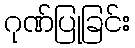
ဂုဏ်ပြုခြင်း